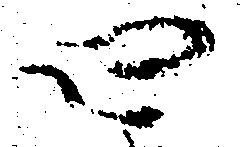
四